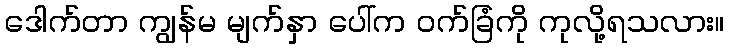
ဒေါက်တာ ကျွန်မ မျက်နှာ ပေါ်က ဝက်ခြံကို ကုလို့ရသလား။